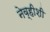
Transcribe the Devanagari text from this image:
नेव्हीशी